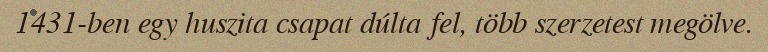
1431-ben egy huszita csapat dúlta fel, több szerzetest megölve.